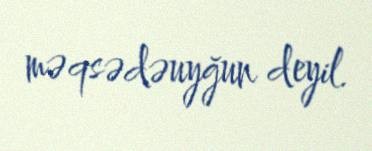
məqsədəuyğun deyil.